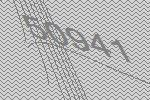
50941